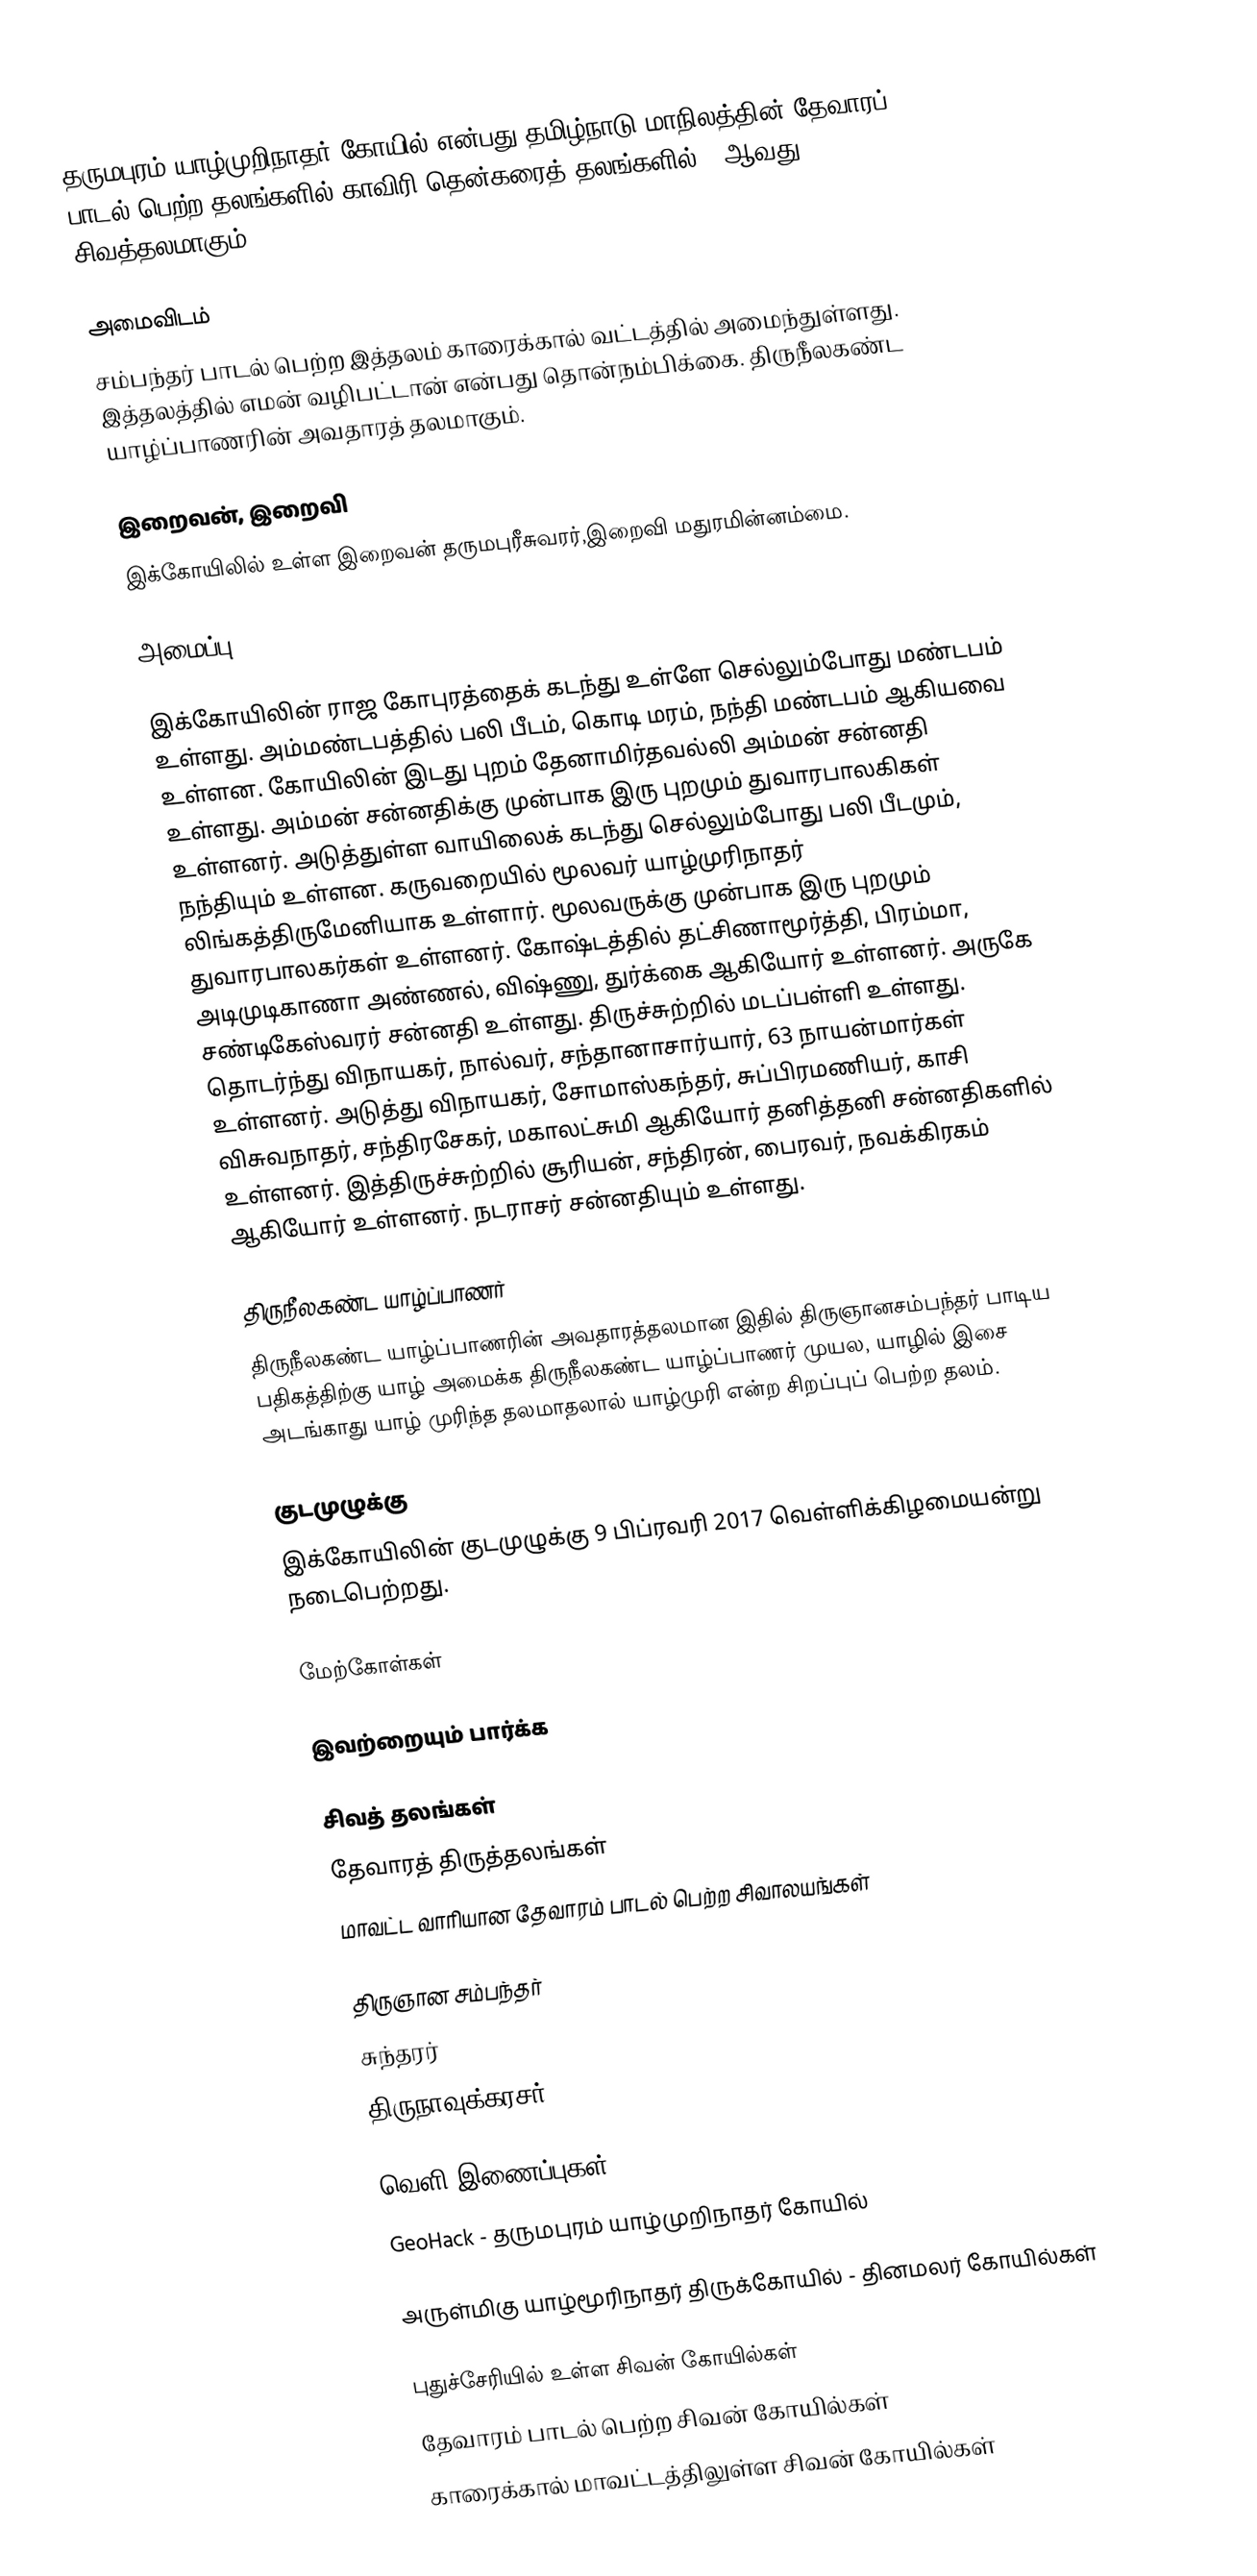
தருமபுரம் யாழ்முறிநாதர் கோயில் என்பது தமிழ்நாடு மாநிலத்தின் தேவாரப் பாடல் பெற்ற தலங்களில் காவிரி தென்கரைத் தலங்களில் 51ஆவது சிவத்தலமாகும்.

அமைவிடம்
சம்பந்தர் பாடல் பெற்ற இத்தலம் காரைக்கால் வட்டத்தில் அமைந்துள்ளது. இத்தலத்தில் எமன் வழிபட்டான் என்பது தொன்நம்பிக்கை. திருநீலகண்ட யாழ்ப்பாணரின் அவதாரத் தலமாகும்.

இறைவன், இறைவி
இக்கோயிலில் உள்ள இறைவன் தருமபுரீசுவரர்,இறைவி மதுரமின்னம்மை.

அமைப்பு

இக்கோயிலின் ராஜ கோபுரத்தைக் கடந்து உள்ளே செல்லும்போது மண்டபம் உள்ளது. அம்மண்டபத்தில் பலி பீடம், கொடி மரம், நந்தி மண்டபம் ஆகியவை உள்ளன. கோயிலின் இடது புறம் தேனாமிர்தவல்லி அம்மன் சன்னதி உள்ளது. அம்மன் சன்னதிக்கு முன்பாக இரு புறமும் துவாரபாலகிகள் உள்ளனர். அடுத்துள்ள வாயிலைக் கடந்து செல்லும்போது பலி பீடமும், நந்தியும் உள்ளன. கருவறையில் மூலவர் யாழ்முரிநாதர் லிங்கத்திருமேனியாக உள்ளார். மூலவருக்கு முன்பாக இரு புறமும் துவாரபாலகர்கள் உள்ளனர். கோஷ்டத்தில் தட்சிணாமூர்த்தி, பிரம்மா, அடிமுடிகாணா அண்ணல், விஷ்ணு, துர்க்கை ஆகியோர் உள்ளனர். அருகே சண்டிகேஸ்வரர் சன்னதி உள்ளது. திருச்சுற்றில் மடப்பள்ளி உள்ளது. தொடர்ந்து விநாயகர், நால்வர், சந்தானாசார்யார், 63 நாயன்மார்கள் உள்ளனர். அடுத்து விநாயகர், சோமாஸ்கந்தர், சுப்பிரமணியர், காசி விசுவநாதர், சந்திரசேகர், மகாலட்சுமி ஆகியோர் தனித்தனி சன்னதிகளில் உள்ளனர். இத்திருச்சுற்றில் சூரியன், சந்திரன், பைரவர், நவக்கிரகம் ஆகியோர் உள்ளனர். நடராசர் சன்னதியும் உள்ளது.

திருநீலகண்ட யாழ்ப்பாணர்
திருநீலகண்ட யாழ்ப்பாணரின் அவதாரத்தலமான இதில் திருஞானசம்பந்தர் பாடிய பதிகத்திற்கு யாழ் அமைக்க திருநீலகண்ட யாழ்ப்பாணர் முயல, யாழில் இசை அடங்காது யாழ் முரிந்த தலமாதலால் யாழ்முரி என்ற சிறப்புப் பெற்ற தலம்.

குடமுழுக்கு
இக்கோயிலின் குடமுழுக்கு 9 பிப்ரவரி 2017 வெள்ளிக்கிழமையன்று நடைபெற்றது.

மேற்கோள்கள்

இவற்றையும் பார்க்க

 சிவத் தலங்கள்
 தேவாரத் திருத்தலங்கள்
 மாவட்ட வாரியான தேவாரம் பாடல் பெற்ற சிவாலயங்கள்

 திருஞான சம்பந்தர்
 சுந்தரர்
 திருநாவுக்கரசர்

வெளி இணைப்புகள்
 GeoHack - தருமபுரம் யாழ்முறிநாதர் கோயில்

அருள்மிகு யாழ்மூரிநாதர் திருக்கோயில் - தினமலர் கோயில்கள்

புதுச்சேரியில் உள்ள சிவன் கோயில்கள்
தேவாரம் பாடல் பெற்ற சிவன் கோயில்கள்
காரைக்கால் மாவட்டத்திலுள்ள சிவன் கோயில்கள்